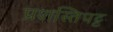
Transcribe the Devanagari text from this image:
प्रशस्तिपट्ट